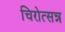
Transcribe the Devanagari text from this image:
चिरोत्सन्न